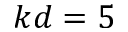
k d = 5